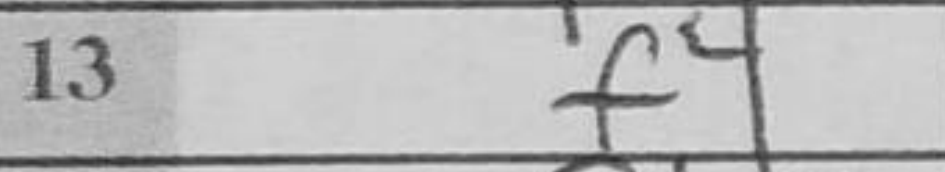
Transcription: f4